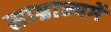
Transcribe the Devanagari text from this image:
साम्राज्यमें